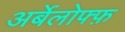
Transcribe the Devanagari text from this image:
अर्बेलोफ्फ़